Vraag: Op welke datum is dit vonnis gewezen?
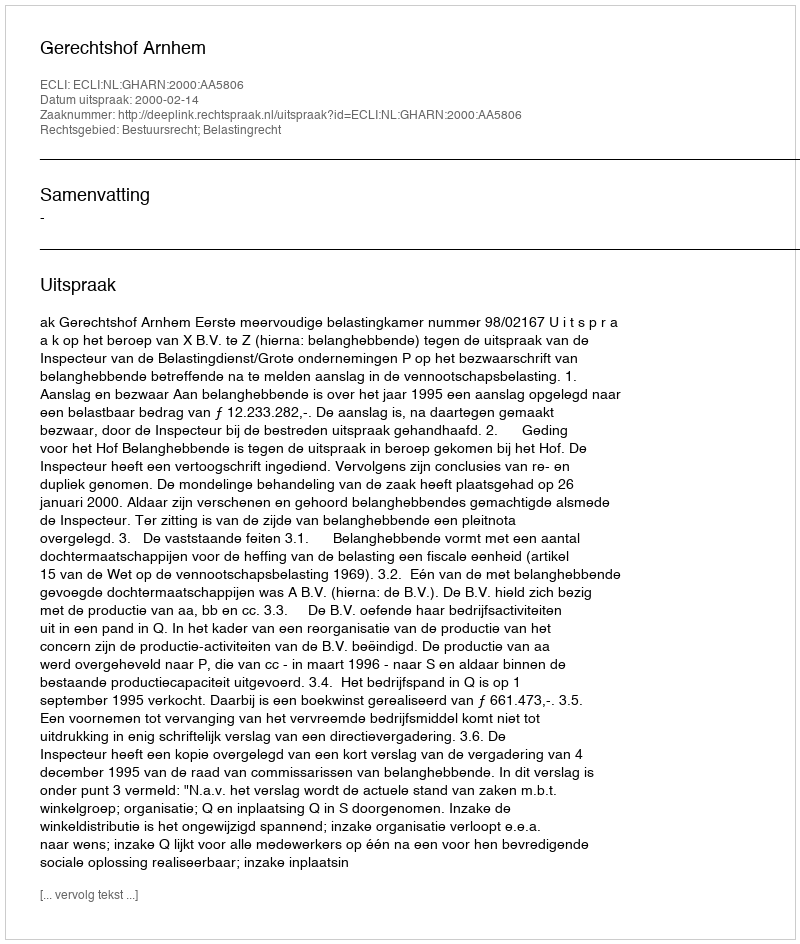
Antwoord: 2000-02-14